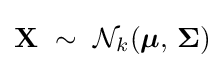
\mathbf {X} \ \sim \ {\mathcal {N}}_{k}({\boldsymbol {\mu }},\,{\boldsymbol {\Sigma }})